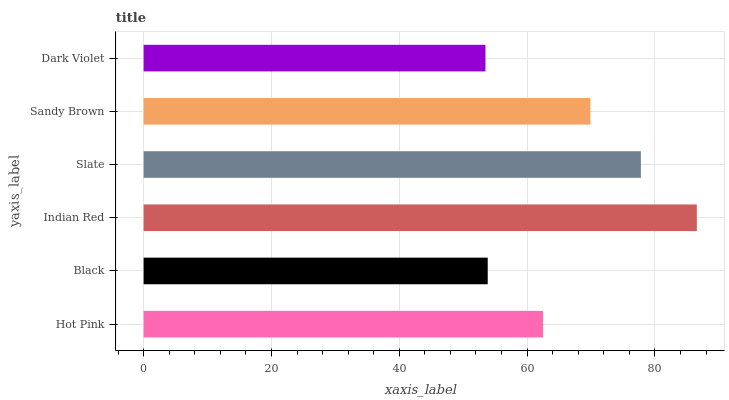
| yaxis_label | bars |
 | --- | --- |
 | Hot Pink | 62.5 |
 | Black | 53.8 |
 | Indian Red | 86.5 |
 | Slate | 77.8 |
 | Sandy Brown | 69.9 |
 | Dark Violet | 53.5 |